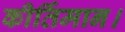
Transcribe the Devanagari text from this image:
कीर्तिमान।